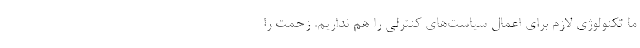
ما تکنولوژی لازم برای اعمال سیاست‌های کنترلی را هم نداریم. زحمت را